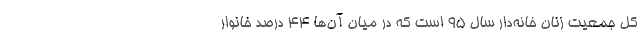
کل جمعیت زنان خانه‌دار سال ۹۵ است که در میان آن‌ها ۴۴ درصد خانوار